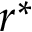
r ^ { * }